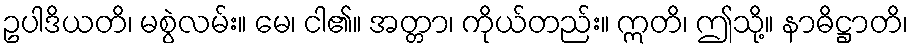
ဥပါဒိယတိ၊ မစွဲလမ်း။ မေ၊ ငါ၏။ အတ္တာ၊ ကိုယ်တည်း။ ဣတိ၊ ဤသို့။ နာဓိဋ္ဌာတိ၊